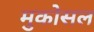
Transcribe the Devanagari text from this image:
मुकोसल